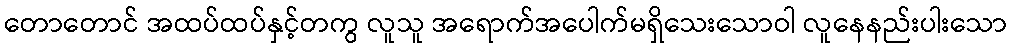
တောတောင် အထပ်ထပ်နှင့်တကွ လူသူ အရောက်အပေါက်မရှိသေးသောဝါ လူနေနည်းပါးသော